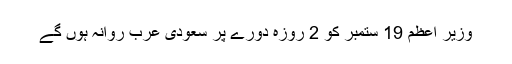
وزیر اعظم 19 ستمبر کو 2 روزہ دورے پر سعودی عرب روانہ ہوں گے